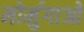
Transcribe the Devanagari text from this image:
मोर्मुगाओ